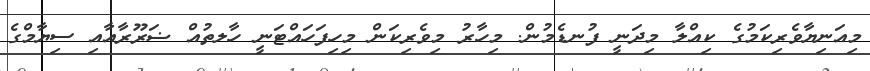
މިއަނިޔާވެރިކަމުގެ ކިއްލާ މިދަނީ ފުނޑެމުން. މިހާރު މިވެރިކަން މިހިފަހައްޓަނީ ހާލތުއް ޟަރޫރާއާއި ސިޔާމްގެ